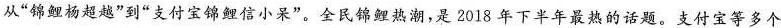
从”锦鲤杨超越”到”支付宝锦鲤信小呆”。全民锦鲤热潮，是2018年下半年最热的话题。支付宝等多个